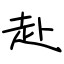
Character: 赴